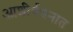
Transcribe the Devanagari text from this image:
आशीर्वचनात